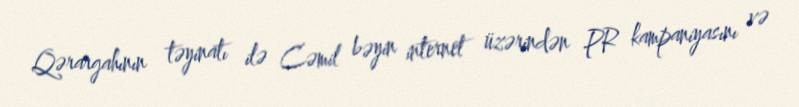
Qərargahının təyinatı ilə Cəmil bəyin internet üzərindən PR kampaniyasını və